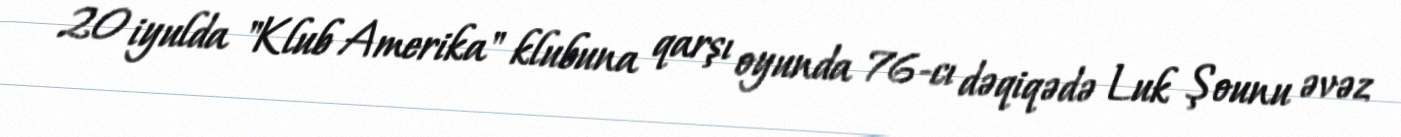
20 iyulda "Klub Amerika" klubuna qarşı oyunda 76-cı dəqiqədə Luk Şounu əvəz